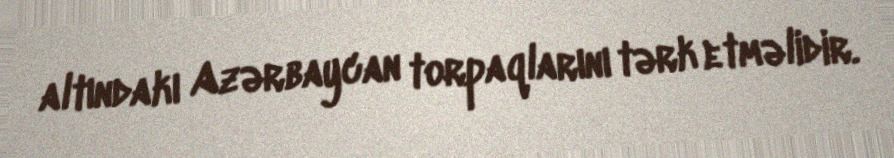
altındakı Azərbaycan torpaqlarını tərk etməlidir.